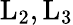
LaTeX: \mathrm{L_{2},L_{3}}